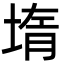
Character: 堶